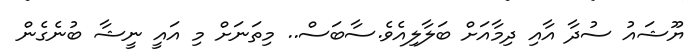
ޔޫޝައު ސުދާ އާއި ދިމާއަށް ބަލާލިއެވެ.ސާބަސް.. މިތަނަށް މި އައީ ނީޝާ ބުނެގެން